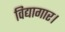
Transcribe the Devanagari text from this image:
विद्यागार।